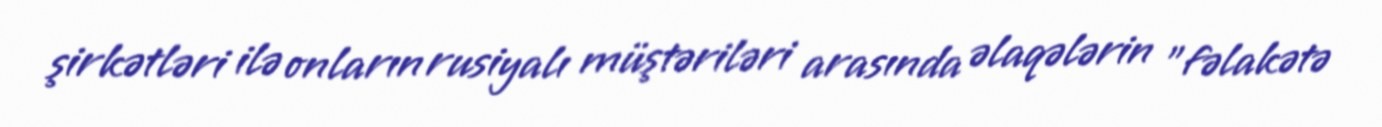
şirkətləri ilə onların rusiyalı müştəriləri arasında əlaqələrin "fəlakətə